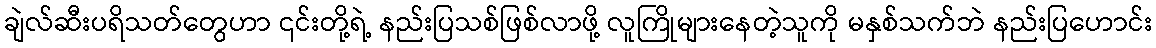
ချဲလ်ဆီးပရိသတ်တွေဟာ ၎င်းတို့ရဲ့ နည်းပြသစ်ဖြစ်လာဖို့ လူကြိုများနေတဲ့သူကို မနှစ်သက်ဘဲ နည်းပြဟောင်း